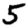
Digit: 5